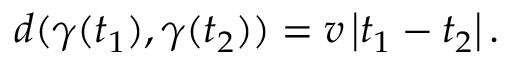
d ( \gamma ( t _ { 1 } ) , \gamma ( t _ { 2 } ) ) = v \left| t _ { 1 } - t _ { 2 } \right| .